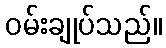
ဝမ်းချုပ်သည်။